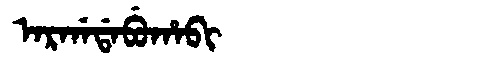
Manchu: ᠠᡵᡤᠠᡩᠠᠪᡠᡥᠠᠪᡳ
Romanization: ARGADABUHABI